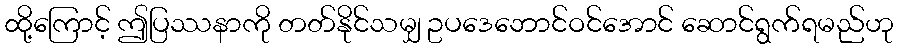
ထို့ကြောင့် ဤပြဿနာကို တတ်နိုင်သမျှ ဥပဒေဘောင်ဝင်အောင် ဆောင်ရွက်ရမည်ဟု